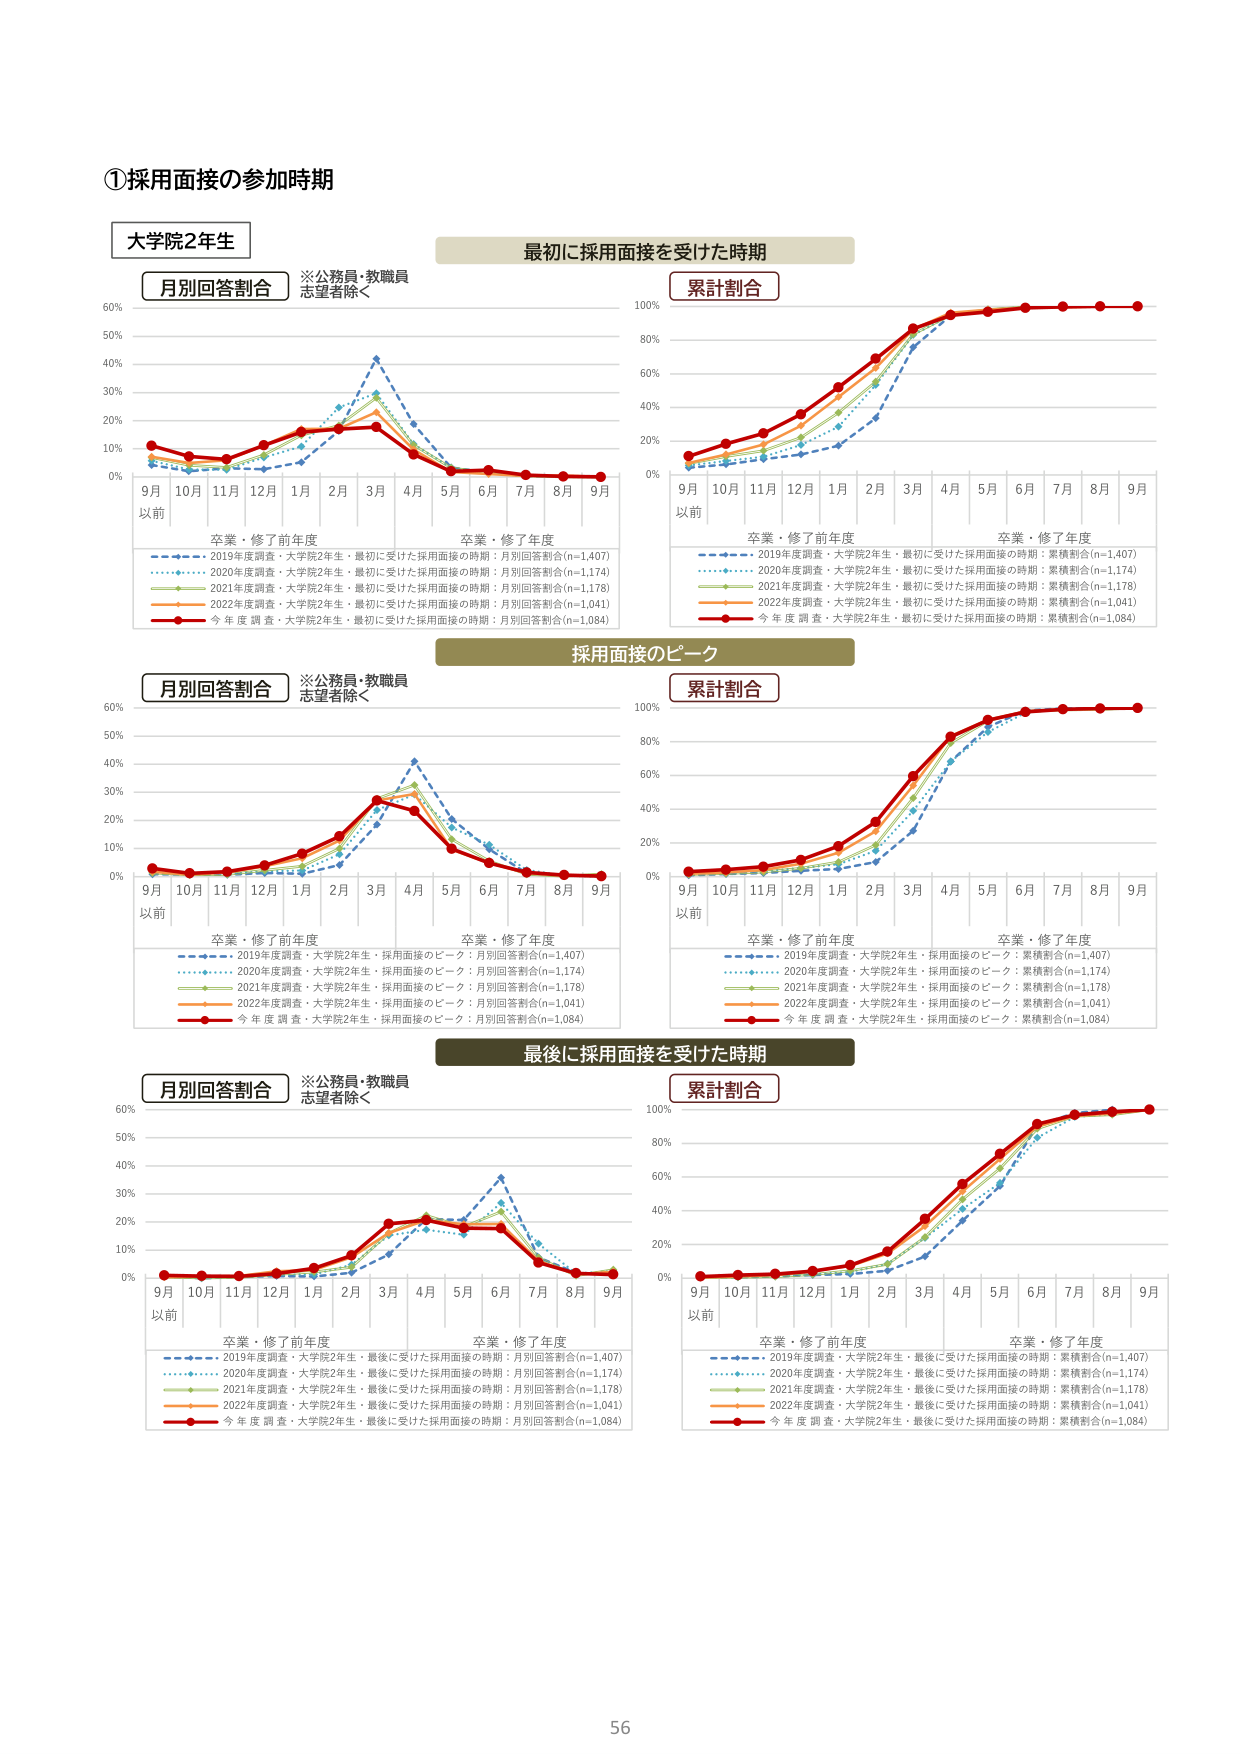
①採用面接の参加時期

大学院2年生

※公務員・教職員
志望者除く

月別回答割合

最初に採用面接を受けた時期

累計割合

9月
以前
10月
11月
12月
1月
2月
3月
4月
5月
6月
7月
8月
9月

卒業・修了前年度
卒業・修了年度

2019年度調査・大学院2年生・最初に受けた採用面接の時期：月別回答割合(n=1,407)
2020年度調査・大学院2年生・最初に受けた採用面接の時期：月別回答割合(n=1,174)
2021年度調査・大学院2年生・最初に受けた採用面接の時期：月別回答割合(n=1,178)
2022年度調査・大学院2年生・最初に受けた採用面接の時期：月別回答割合(n=1,041)
今年度調査・大学院2年生・最初に受けた採用面接の時期：月別回答割合(n=1,084)

0%
10%
20%
30%
40%
50%
60%

9月
以前
10月
11月
12月
1月
2月
3月
4月
5月
6月
7月
8月
9月

卒業・修了前年度
卒業・修了年度

2019年度調査・大学院2年生・最初に受けた採用面接の時期：累積割合(n=1,407)
2020年度調査・大学院2年生・最初に受けた採用面接の時期：累積割合(n=1,174)
2021年度調査・大学院2年生・最初に受けた採用面接の時期：累積割合(n=1,178)
2022年度調査・大学院2年生・最初に受けた採用面接の時期：累積割合(n=1,041)
今年度調査・大学院2年生・最初に受けた採用面接の時期：累積割合(n=1,084)

0%
20%
40%
60%
80%
100%

採用面接のピーク

月別回答割合

※公務員・教職員
志望者除く

累計割合

9月
以前
10月
11月
12月
1月
2月
3月
4月
5月
6月
7月
8月
9月

卒業・修了前年度
卒業・修了年度

2019年度調査・大学院2年生・採用面接のピーク：月別回答割合(n=1,407)
2020年度調査・大学院2年生・採用面接のピーク：月別回答割合(n=1,174)
2021年度調査・大学院2年生・採用面接のピーク：月別回答割合(n=1,178)
2022年度調査・大学院2年生・採用面接のピーク：月別回答割合(n=1,041)
今年度調査・大学院2年生・採用面接のピーク：月別回答割合(n=1,084)

0%
10%
20%
30%
40%
50%
60%

9月
以前
10月
11月
12月
1月
2月
3月
4月
5月
6月
7月
8月
9月

卒業・修了前年度
卒業・修了年度

2019年度調査・大学院2年生・採用面接のピーク：累積割合(n=1,407)
2020年度調査・大学院2年生・採用面接のピーク：累積割合(n=1,174)
2021年度調査・大学院2年生・採用面接のピーク：累積割合(n=1,178)
2022年度調査・大学院2年生・採用面接のピーク：累積割合(n=1,041)
今年度調査・大学院2年生・採用面接のピーク：累積割合(n=1,084)

0%
20%
40%
60%
80%
100%

最後に採用面接を受けた時期

月別回答割合

※公務員・教職員
志望者除く

累計割合

9月
以前
10月
11月
12月
1月
2月
3月
4月
5月
6月
7月
8月
9月

卒業・修了前年度
卒業・修了年度

2019年度調査・大学院2年生・最後に受けた採用面接の時期：月別回答割合(n=1,407)
2020年度調査・大学院2年生・最後に受けた採用面接の時期：月別回答割合(n=1,174)
2021年度調査・大学院2年生・最後に受けた採用面接の時期：月別回答割合(n=1,178)
2022年度調査・大学院2年生・最後に受けた採用面接の時期：月別回答割合(n=1,041)
今年度調査・大学院2年生・最後に受けた採用面接の時期：月別回答割合(n=1,084)

0%
10%
20%
30%
40%
50%
60%

9月
以前
10月
11月
12月
1月
2月
3月
4月
5月
6月
7月
8月
9月

卒業・修了前年度
卒業・修了年度

2019年度調査・大学院2年生・最後に受けた採用面接の時期：累積割合(n=1,407)
2020年度調査・大学院2年生・最後に受けた採用面接の時期：累積割合(n=1,174)
2021年度調査・大学院2年生・最後に受けた採用面接の時期：累積割合(n=1,178)
2022年度調査・大学院2年生・最後に受けた採用面接の時期：累積割合(n=1,041)
今年度調査・大学院2年生・最後に受けた採用面接の時期：累積割合(n=1,084)

0%
20%
40%
60%
80%
100%

56